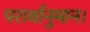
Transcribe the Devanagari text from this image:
परार्थानुमान।